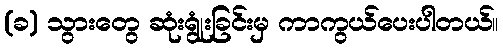
(ခ) သွားတွေ ဆုံးရွုံးခြင်းမှ ကာကွယ်ပေးပါတယ်။